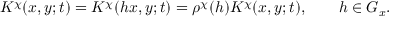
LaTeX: K ^ { \chi } ( x , y ; t ) = K ^ { \chi } ( h x , y ; t ) = \rho ^ { \chi } ( h ) K ^ { \chi } ( x , y ; t ) , \qquad h \in G _ { x } .